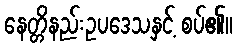
နေတ္တိနည်းဥပဒေသနှင့် စပ်၏။